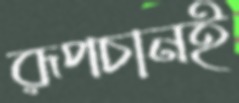
রূপচানই